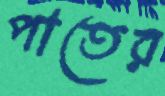
পাতের